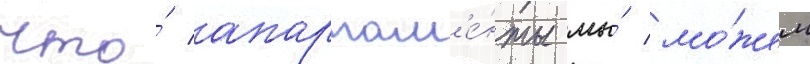
что́ апартам'е́нты мы́ мо́жем